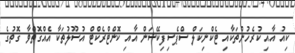
ކިއު އާއި ކުރެހުންތަކާއި ޓެކްނިކަލް ސްޕެސިފިކޭޝަން އާއި ކޮންޓްރެކްޓް އުސޫލުތަކާ އެއްގޮތްވާ ގޮތުގެ